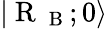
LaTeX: |\mathrm{~R~}_{\mathrm{~B~}};0\rangle